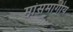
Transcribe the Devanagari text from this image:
मांसमार्गीय